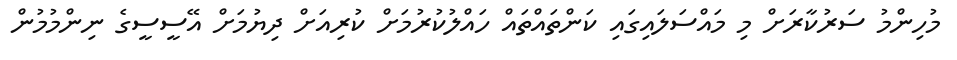
މުހިންމު ސަރުކާރަށް މި މައްސަލައިގައި ކަންތައްތައް ހައްލުކުރުމަށް ކުރިއަށް ދިޔުމަށް އޭސީސީގެ ނިންމުމުން